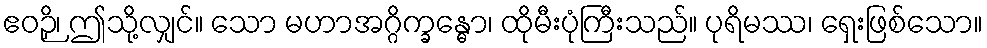
ဧဝဉှိ၊ ဤသို့လျှင်။ သော မဟာအဂ္ဂိက္ခန္ဓော၊ ထိုမီးပုံကြီးသည်။ ပုရိမဿ၊ ရှေးဖြစ်သော။